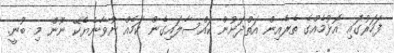
ފަހަރުގައި އޮޅުމެއްގެ ތެރެއިން އަތްދަށުން ކައްސާލައިގެން ކަމެއް ނުވާނެޔެކޭ ނޫން މި ބުނީ.